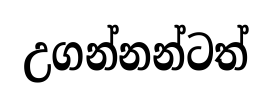
උගන්නන්ටත්